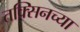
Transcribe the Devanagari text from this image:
तक्सिनच्या